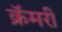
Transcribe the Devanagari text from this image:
क्रॅमरी